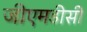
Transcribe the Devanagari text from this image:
जीएमडीसी